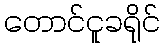
တောင်ငူခရိုင်